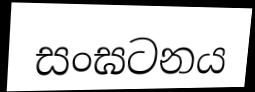
සංඝටනය